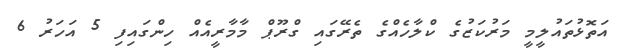
އަތޮޅުތައުލީމީ މަރުކަޒުގެ ކްލާހެއްގެ ތެރޭގައި ގްރޫޕް މާމާރީއެއް ހިންގައިފި 5 އަހަރު 6